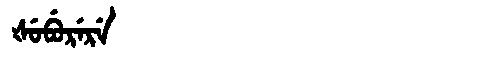
Manchu: ᡧᡠᠪᡠᡵᡝᡵᡝ
Romanization: ŠUBURERE